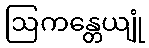
ဩကန္တေယျုံ